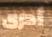
أدرى